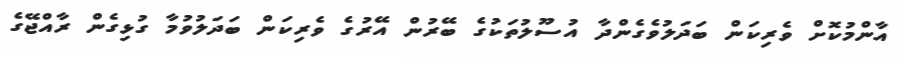
އާންމުކޮށް ވެރިކަން ބަދަލުވެގެންދާ އުސޫލުތަކުގެ ބޭރުން އޭރުގެ ވެރިކަން ބަދަލުވުމާ ގުޅިގެން ރާއްޖޭގެ